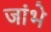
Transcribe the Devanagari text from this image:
जांभे